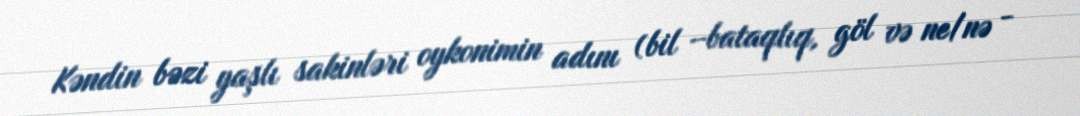
Kəndin bəzi yaşlı sakinləri oykonimin adını (bil –bataqlıq, göl və ne/nə -